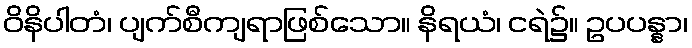
ဝိနိပါတံ၊ ပျက်စီကျရာဖြစ်သော။ နိရယံ၊ ငရဲ၌။ ဥပပန္နာ၊